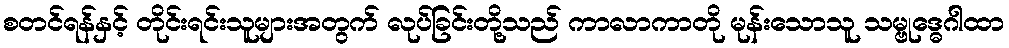
စတင်ရန်နှင့် တိုင်းရင်းသူများအတွက် လုပ်ခြင်းတို့သည် ကာလာကာတို မုန်းသောသူ သမ္ဗုဒ္ဓေဂါထာ